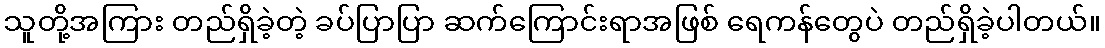
သူတို့အကြား တည်ရှိခဲ့တဲ့ ခပ်ပြာပြာ ဆက်ကြောင်းရာအဖြစ် ရေကန်တွေပဲ တည်ရှိခဲ့ပါတယ်။